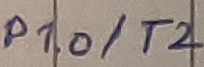
Text: P1.0/T2